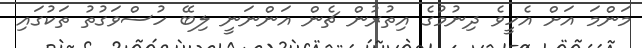
މަންމަ އަށް އެހީވެ ދިނުމުގެ އިތުރުން ޗެން އަންނަނީ ލިބޭ ހުސްވަގުތު ތަކުގައި